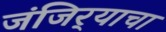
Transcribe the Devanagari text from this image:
जंजिर्‍याचा